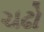
ચઢો